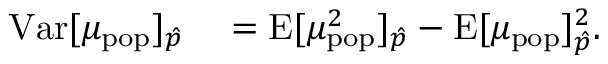
\begin{array} { r l } { \mathrm { V a r } [ \mu _ { \mathrm { p o p } } ] _ { \hat { p } } } & { { } = \mathrm { E } [ \mu _ { \mathrm { p o p } } ^ { 2 } ] _ { \hat { p } } - \mathrm { E } [ \mu _ { \mathrm { p o p } } ] _ { \hat { p } } ^ { 2 } . } \end{array}